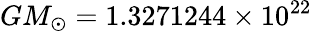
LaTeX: GM_{\odot}=1.3271244\times 10^{22}